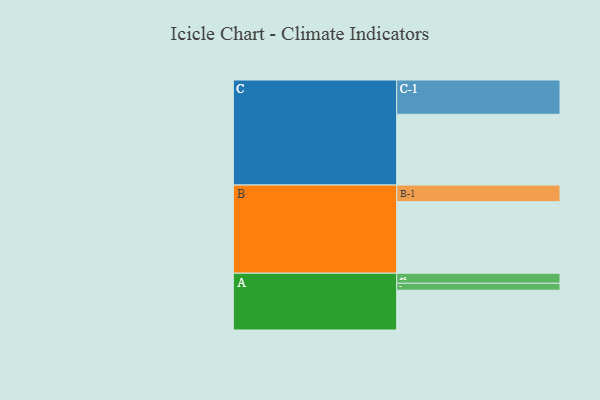
{"axis": {"x": "Segment", "y": "Value"}, "legend": ["", "A", "B", "C"], "data": [{"x": "A", "y": 304, "type": ""}, {"x": "B", "y": 547, "type": ""}, {"x": "C", "y": 541, "type": ""}, {"x": "A-1", "y": 53, "type": "A"}, {"x": "A-2", "y": 77, "type": "A"}, {"x": "B-1", "y": 127, "type": "B"}, {"x": "C-1", "y": 262, "type": "C"}]}